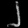
Digit: ၂